Civil Veterinary Department Bihar reports 1940-50 - 1940-1950
Year: 1940
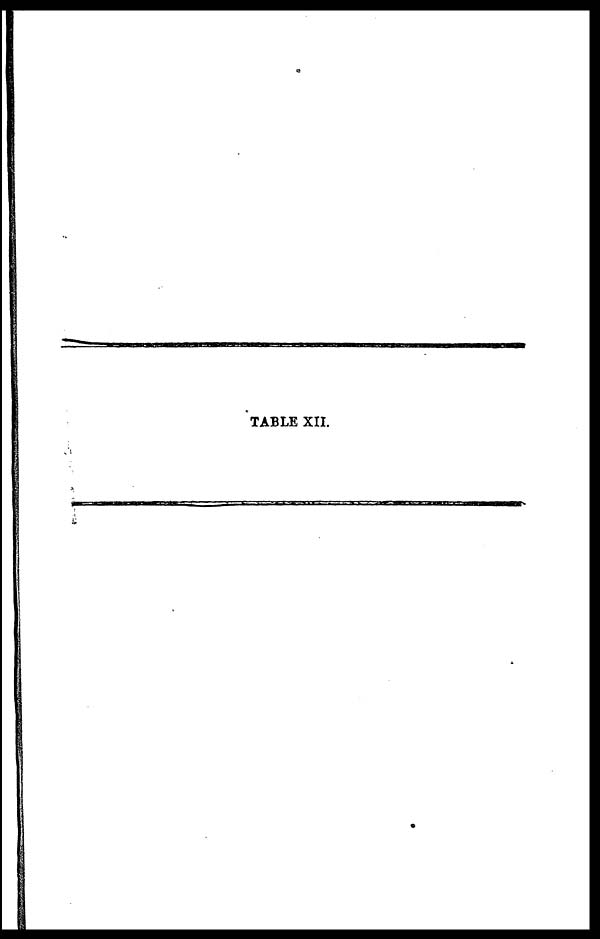
TABLE XII.